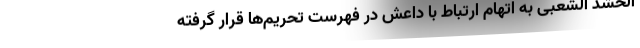
الحشد الشعبی به اتهام ارتباط با داعش در فهرست تحریم‌ها قرار گرفته